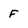
Character: F